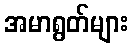
အမာရွတ်များ